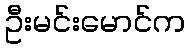
ဦးမင်းမောင်က